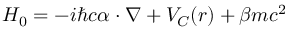
H _ { 0 } = - i \hbar c \boldsymbol \alpha \cdot \nabla + V _ { C } ( r ) + \beta m c ^ { 2 }